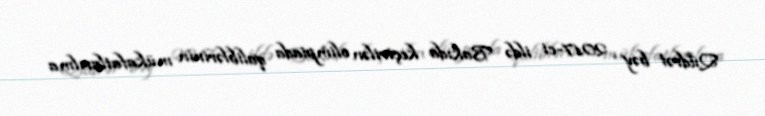
Qüdrət bəy 2017-ci ildə Bakıda keçirilən olimpiada qaliblərinin mükafatlarılma